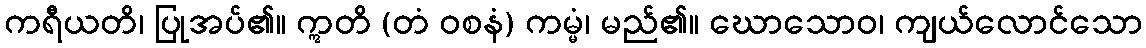
ကရီယတိ၊ ပြုအပ်၏။ ဣတိ (တံ ဝစနံ) ကမ္မံ၊ မည်၏။ ဃောသောဝ၊ ကျယ်လောင်သော